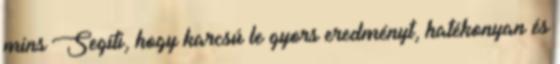
mins Segíti, hogy karcsú le gyors eredményt, hatékonyan és